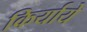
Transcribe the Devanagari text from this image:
किर्याये